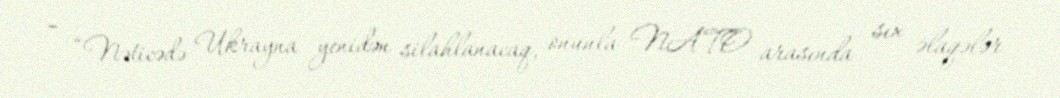
– “Nəticədə Ukrayna yenidən silahlanacaq, onunla NATO arasında sıx əlaqələr